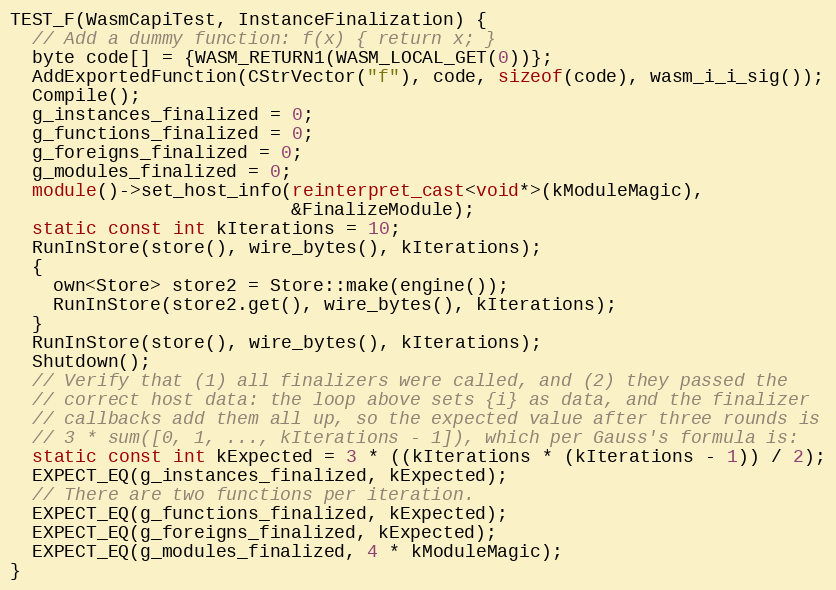
Language: C++
TEST_F(WasmCapiTest, InstanceFinalization) {
  // Add a dummy function: f(x) { return x; }
  byte code[] = {WASM_RETURN1(WASM_LOCAL_GET(0))};
  AddExportedFunction(CStrVector("f"), code, sizeof(code), wasm_i_i_sig());
  Compile();
  g_instances_finalized = 0;
  g_functions_finalized = 0;
  g_foreigns_finalized = 0;
  g_modules_finalized = 0;
  module()->set_host_info(reinterpret_cast<void*>(kModuleMagic),
                          &FinalizeModule);
  static const int kIterations = 10;
  RunInStore(store(), wire_bytes(), kIterations);
  {
    own<Store> store2 = Store::make(engine());
    RunInStore(store2.get(), wire_bytes(), kIterations);
  }
  RunInStore(store(), wire_bytes(), kIterations);
  Shutdown();
  // Verify that (1) all finalizers were called, and (2) they passed the
  // correct host data: the loop above sets {i} as data, and the finalizer
  // callbacks add them all up, so the expected value after three rounds is
  // 3 * sum([0, 1, ..., kIterations - 1]), which per Gauss's formula is:
  static const int kExpected = 3 * ((kIterations * (kIterations - 1)) / 2);
  EXPECT_EQ(g_instances_finalized, kExpected);
  // There are two functions per iteration.
  EXPECT_EQ(g_functions_finalized, kExpected);
  EXPECT_EQ(g_foreigns_finalized, kExpected);
  EXPECT_EQ(g_modules_finalized, 4 * kModuleMagic);
}